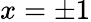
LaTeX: x=\pm 1